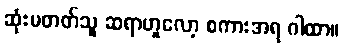
ဆုံးမတတ်သူ ဆရာဟူလော့ စကားအရ ဂါထာ။